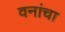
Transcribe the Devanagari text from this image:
वनांचा